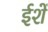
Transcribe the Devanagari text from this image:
ईशें